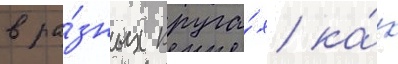
в ра́зных круга́х ка́к